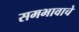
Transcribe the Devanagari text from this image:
समभावाचे